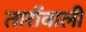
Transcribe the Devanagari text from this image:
तारोंवाली